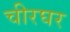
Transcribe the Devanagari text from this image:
चीरघर